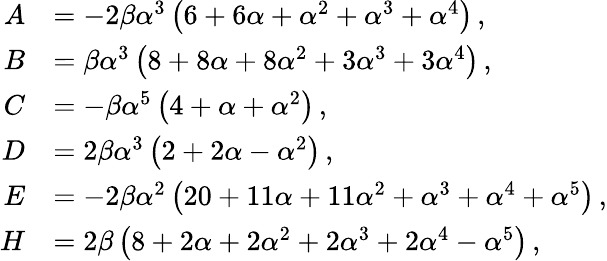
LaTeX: \begin{array}{rl}{A}&{=-2\beta\alpha^{3}\left(6+6\alpha+\alpha^{2}+\alpha^{3}+\alpha^{4}\right)\, ,}\\ {B}&{=\beta\alpha^{3}\left(8+8\alpha+8\alpha^{2}+3\alpha^{3}+3\alpha^{4}\right)\, ,}\\ {C}&{=-\beta\alpha^{5}\left(4+\alpha+\alpha^{2}\right)\, ,}\\ {D}&{=2\beta\alpha^{3}\left(2+2\alpha-\alpha^{2}\right)\, ,}\\ {E}&{=-2\beta\alpha^{2}\left(20+11\alpha+11\alpha^{2}+\alpha^{3}+\alpha^{4}+\alpha^{5}\right)\, ,}\\ {H}&{=2\beta\left(8+2\alpha+2\alpha^{2}+2\alpha^{3}+2\alpha^{4}-\alpha^{5}\right)\, ,}\end{array}